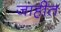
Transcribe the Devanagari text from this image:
जाहीत